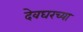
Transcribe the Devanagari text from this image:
देवघरच्या